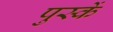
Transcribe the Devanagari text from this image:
पुस्कें